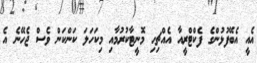
އެއީ އެބޭފުޅުންގެ ފެކްޓްރީއާ އެއްޗިހި މޮނީޓާކުރުމާއި މިކަހަލަ ކަންކަން ވެސް ޖެހޭނެ އެ